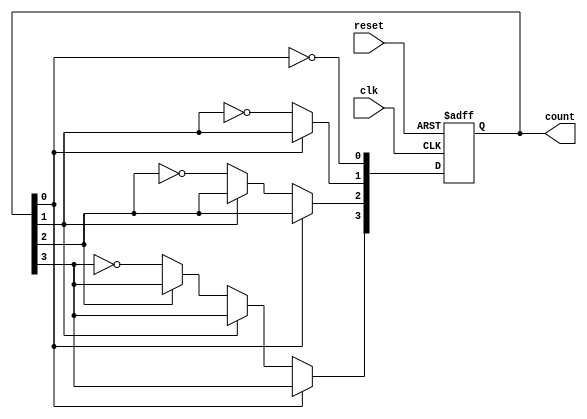
module async_counter (
    input wire clk,        // Clock input
    input wire reset,      // Asynchronous reset input
    output reg [n-1:0] count // Counter output (n bits)
);
    parameter n = 4; // Number of bits in the counter (can be changed as needed)

    // Always block for the counter logic
    always @(posedge clk or posedge reset) begin
        if (reset) begin
            count <= 0; // Reset the counter to 0
        end else begin
            // Ripple counter logic
            count[0] <= ~count[0]; // Toggle the least significant bit
            if (count[0] == 1'b0) begin // If LSB goes from 1 to 0
                count[1] <= ~count[1]; // Toggle the next bit
                if (count[1] == 1'b0) begin // If second bit goes from 1 to 0
                    count[2] <= ~count[2]; // Toggle the third bit
                    if (count[2] == 1'b0) begin // If third bit goes from 1 to 0
                        count[3] <= ~count[3]; // Toggle the fourth bit
                        // Add more bits if n > 4
                    end
                end
            end
        end
    end
endmodule